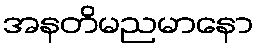
အနတိမညမာနော